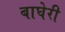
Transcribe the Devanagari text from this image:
बाघेरी